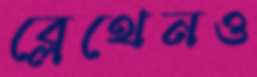
ব্লেথেনও